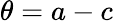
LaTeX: \theta=a-c